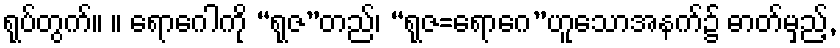
ရုပ်တွက်။ ။ ရောဂေါကို “ရုဇ”တည်၊ “ရုဇ=ရောဂေ”ဟူသောအနက်၌ ဓာတ်မှည့်,